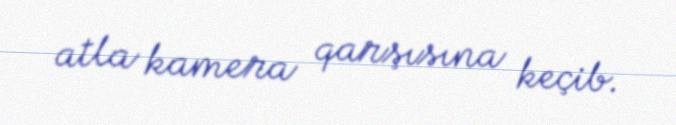
atla kamera qarşısına keçib.